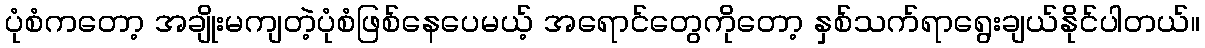
ပုံစံကတော့ အချိုးမကျတဲ့ပုံစံဖြစ်နေပေမယ့် အရောင်တွေကိုတော့ နှစ်သက်ရာရွေးချယ်နိုင်ပါတယ်။